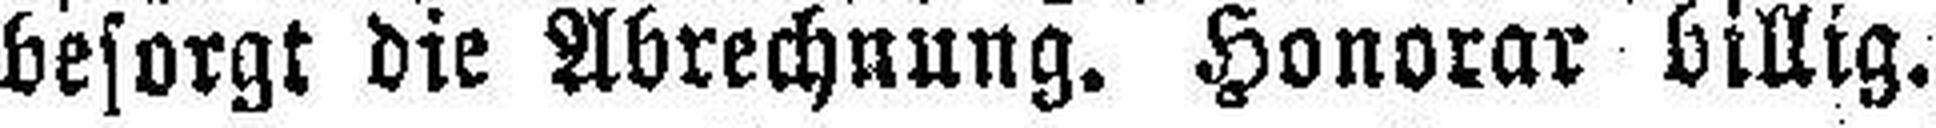
besorgt die Abrechnung. Honorar billig.